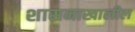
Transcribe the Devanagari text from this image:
शासनाखालील